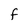
Character: F